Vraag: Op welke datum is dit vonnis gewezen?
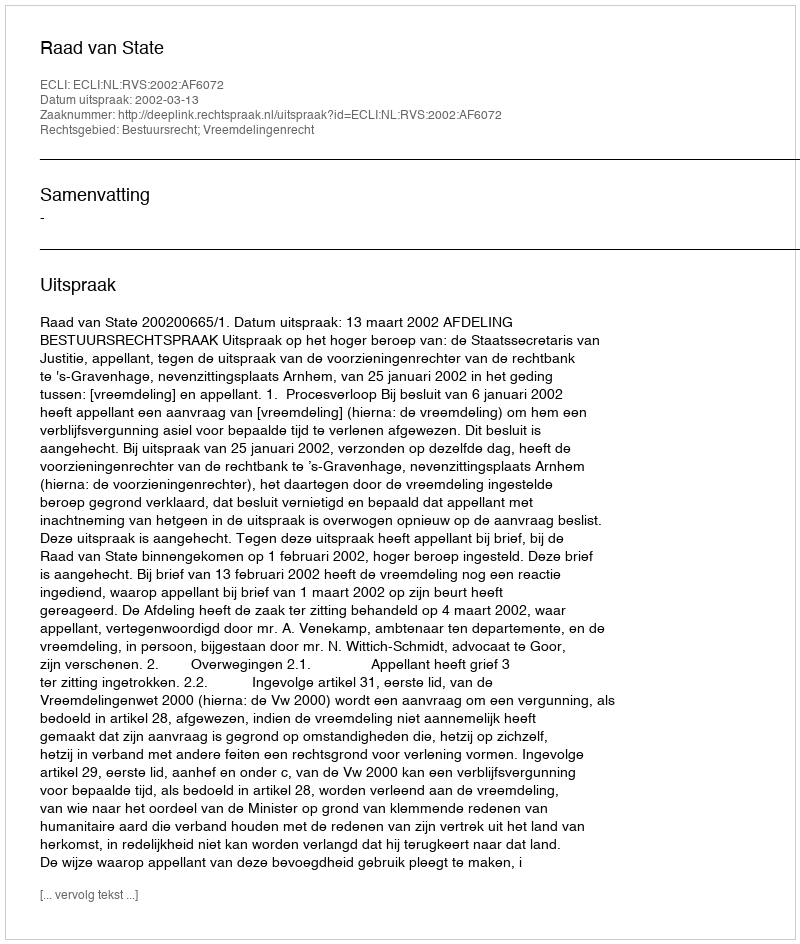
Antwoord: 2002-03-13